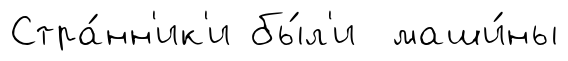
Стра́нн'ик'и бы́л'и маши́ны